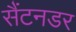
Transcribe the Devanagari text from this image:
सैंटनडर